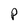
Character: P